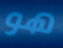
هو